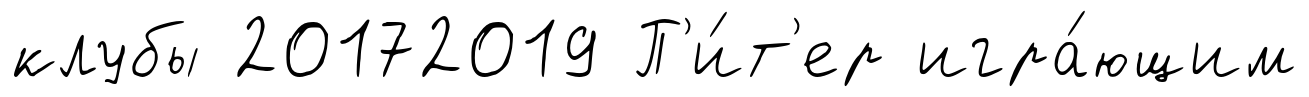
клубы 20172019 П'и́т'ер игра́ющим